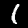
Digit: 1